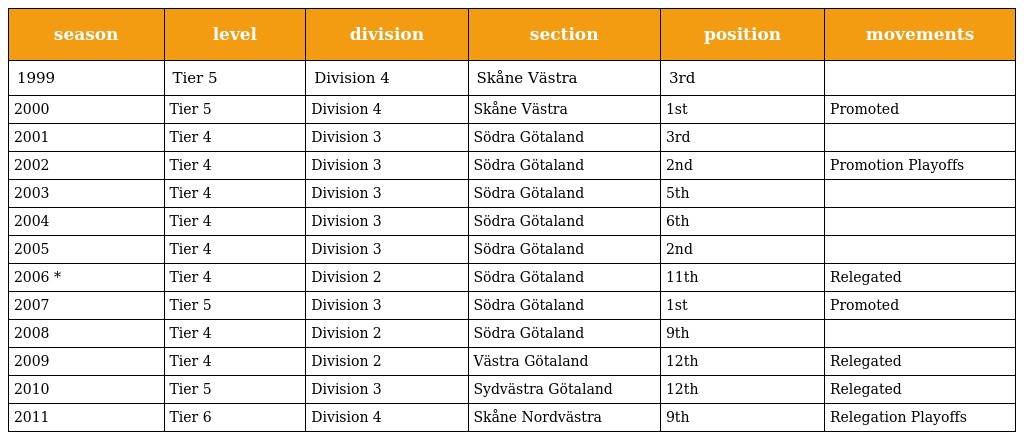
| season | level | division | section | position | movements |
 | --- | --- | --- | --- | --- | --- |
 | 1999 | Tier 5 | Division 4 | Skåne Västra | 3rd |  |
 | 2000 | Tier 5 | Division 4 | Skåne Västra | 1st | Promoted |
 | 2001 | Tier 4 | Division 3 | Södra Götaland | 3rd |  |
 | 2002 | Tier 4 | Division 3 | Södra Götaland | 2nd | Promotion Playoffs |
 | 2003 | Tier 4 | Division 3 | Södra Götaland | 5th |  |
 | 2004 | Tier 4 | Division 3 | Södra Götaland | 6th |  |
 | 2005 | Tier 4 | Division 3 | Södra Götaland | 2nd |  |
 | 2006 * | Tier 4 | Division 2 | Södra Götaland | 11th | Relegated |
 | 2007 | Tier 5 | Division 3 | Södra Götaland | 1st | Promoted |
 | 2008 | Tier 4 | Division 2 | Södra Götaland | 9th |  |
 | 2009 | Tier 4 | Division 2 | Västra Götaland | 12th | Relegated |
 | 2010 | Tier 5 | Division 3 | Sydvästra Götaland | 12th | Relegated |
 | 2011 | Tier 6 | Division 4 | Skåne Nordvästra | 9th | Relegation Playoffs |